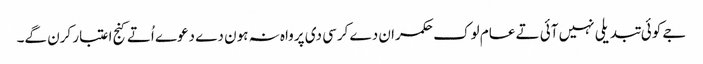
جے کوئی تبدیلی نہیں آئی تے عام لوک حکمران دے کرسی دی پرواہ نہ ہون دے دعوے اُتے کنج اعتبار کرن گے۔